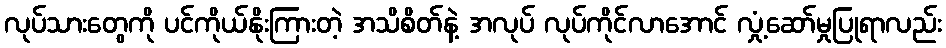
လုပ်သားတွေကို ပင်ကိုယ်နိုးကြားတဲ့ အသိစိတ်နဲ့ အလုပ် လုပ်ကိုင်လာအောင် လှုံ့ဆော်မှုပြုရာလည်း